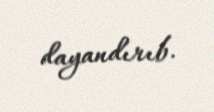
dayandırıb.